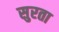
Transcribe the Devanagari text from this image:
सुरता